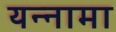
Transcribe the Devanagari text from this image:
यन्‍नामा